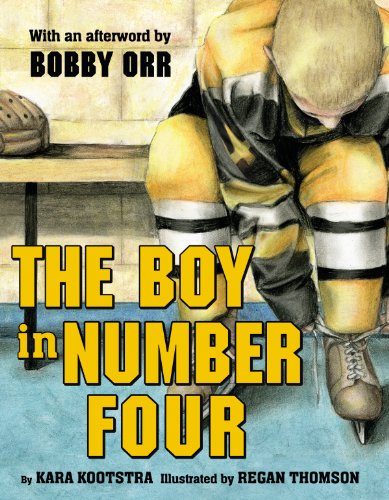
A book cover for The Boy in Number Four; Kara Kootstra; Children's Books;